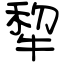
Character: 犂